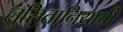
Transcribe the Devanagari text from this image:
लुसितानियाची